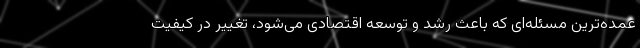
عمده‌ترین مسئله‌ای که باعث رشد و توسعه اقتصادی می‌شود، تغییر در کیفیت